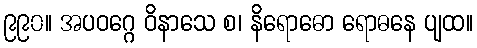
၉၉၀။ အပဝဂ္ဂေ ဝိနာသေ စ၊ နိရောဓော ရောဓနေ ပျထ။